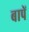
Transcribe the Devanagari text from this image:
बापें